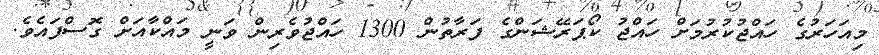
މިއަހަރުގެ ހައްޖުކުރުމަށް ހައްޖު ކޯޕަރޭޝަންގެ ފަރާތުން 1300 ހައްޖުވެރިން ވަނީ މައްކާއަށް ގޮސްފައެވެ.